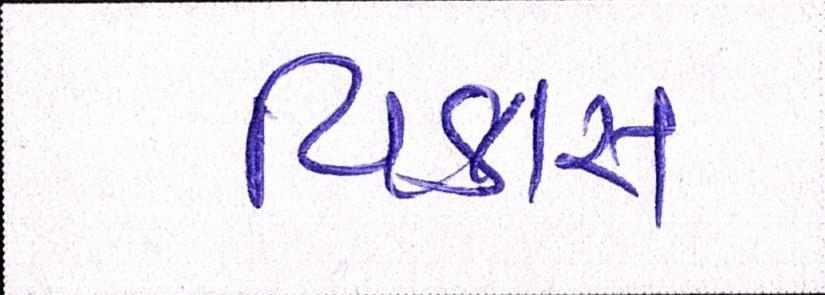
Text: વિકાસ